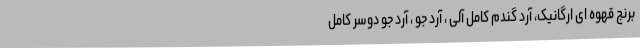
برنج قهوه ای ارگانیک، آرد گندم کامل آلی ، آرد جو ، آرد جو دوسر کامل